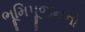
ભૂમિપૂજનનો